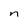
Character: n